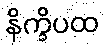
နိက္ခိပထ